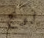
لونج